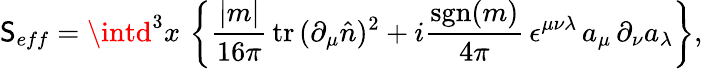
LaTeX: \mathsf{S}_{eff}=\intd^{3}x\, \left\{ \frac{{|m|}}{{16\pi}}\, \mathrm{{tr}}\, (\partial_{\mu}\hat{{n}})^{2}+i\frac{{\mathrm{{sgn}}(m)}}{{4\pi}}\, \epsilon^{\mu\nu\lambda}\, a_{\mu}\, \partial_{\nu}a_{\lambda}\right\} ,